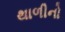
થાળીનો